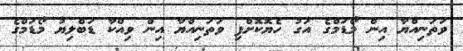
ވަތަނިއްޔާ އިން މޯޑަމްގެ އަގު ހެޔޮކޮށްފި ވަތަނިއްޔާ އިން ވިއްކާ ޑަބްލިޔު މޯޑަމްގެ